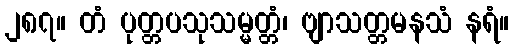
၂၈၇။ တံ ပုတ္တပသုသမ္မတ္တံ၊ ဗျာသတ္တမနသံ နရံ။